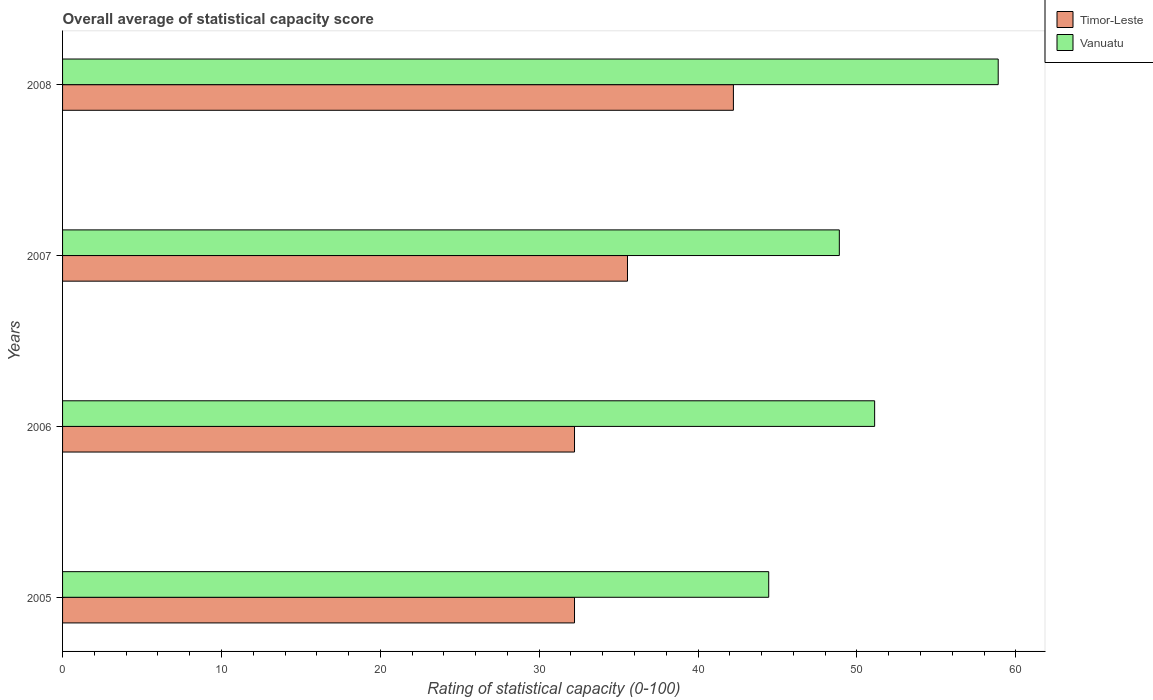
| Years | Timor-Leste | Vanuatu |
 | --- | --- | --- |
 | 2005 | 32.2 | 44.4 |
 | 2006 | 32.2 | 51.1 |
 | 2007 | 35.6 | 48.9 |
 | 2008 | 42.2 | 58.9 |